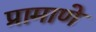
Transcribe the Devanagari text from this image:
प्रामाणे